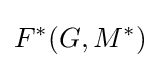
F^{\ast }(G,M^{\ast })